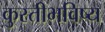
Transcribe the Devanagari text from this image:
कुस्तीभविष्य